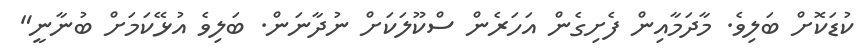
ކުޑަކޮށް ބަލިވެ. މާދަމާއިން ފެށިގެން އަހަރެން ސްކޫލަކަށް ނުދާނަން. ބަލިވެ އުޅޭކަމަށް ބުނާނީ"